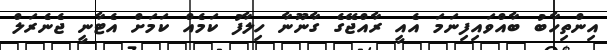
އިންތިހާބު ބާއްވައިފިނަމަ އެއީ ރާއްޖޭގެ ގާނޫނާ ހިލާފު ކަމެއް ކަމަށް އެޓާނީ ޖެނެރަލް